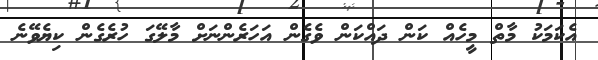
އެކަމަކު މާތް މީހެއް ކަން ދައްކަން ވެގެން އަހަރެންނަށް މާލޭގަ ހުރެގެން ކިޔެވޭނެ